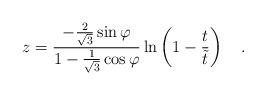
LaTeX: \begin{align*}z=\frac{-\frac{2}{\sqrt{3}} \sin{\varphi}}{1-\frac{1}{\sqrt{3}} \cos{\varphi}}\ln \left( 1-\frac{t}{\tilde{t}} \right) ~~~.\end{align*}